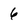
Character: 6